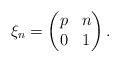
LaTeX: \begin{align*}\xi_n=\begin{pmatrix}p & n \\0 & 1 \\\end{pmatrix}.\end{align*}